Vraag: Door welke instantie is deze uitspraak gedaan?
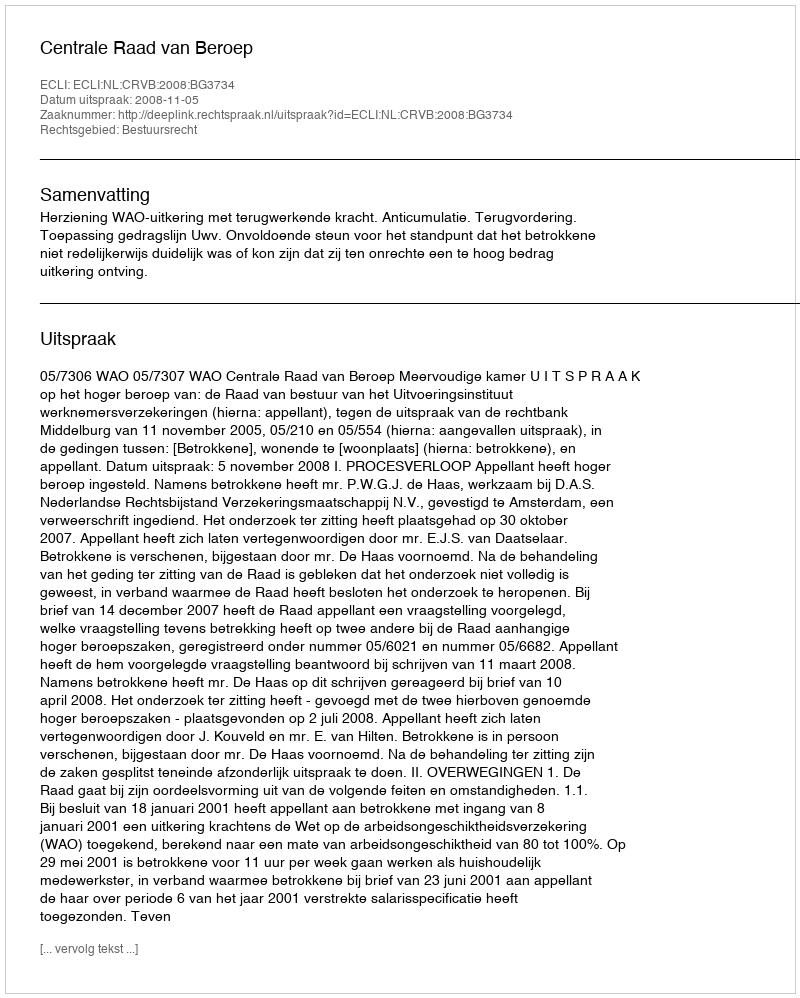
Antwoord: Centrale Raad van Beroep